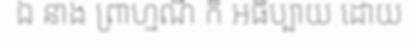
ឯ នាង ព្រាហ្មណី ក៏ អធិប្បាយ ដោយ